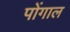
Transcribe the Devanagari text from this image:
पोंगाल